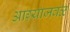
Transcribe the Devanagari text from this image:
आग्र्याजवळ